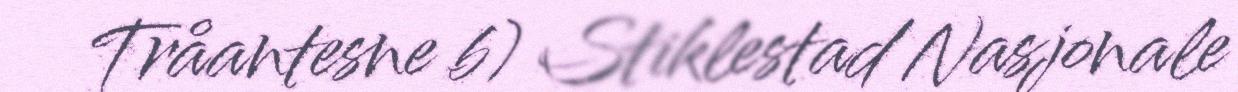
Tråantesne b) Stiklestad Nasjonale